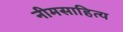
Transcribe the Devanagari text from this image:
नीमसाहित्य